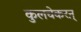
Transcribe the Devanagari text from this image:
कुलचेकरऩ्